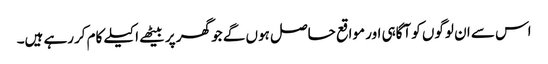
اس سے ان لوگوں کو آگاہی اور مواقع حاصل ہوں گے جو گھر پر بیٹھے اکیلے کام کررہے ہیں۔